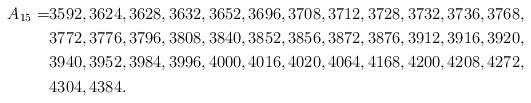
LaTeX: \begin{align*}A_{15} =&3592, 3624, 3628, 3632, 3652, 3696, 3708, 3712, 3728, 3732, 3736, 3768,\\ &3772, 3776, 3796, 3808, 3840, 3852, 3856, 3872, 3876, 3912, 3916, 3920,\\ &3940, 3952, 3984, 3996, 4000, 4016, 4020, 4064, 4168, 4200, 4208, 4272,\\ &4304, 4384.\end{align*}